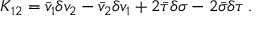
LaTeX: K _ { 1 2 } = \bar { v } _ { 1 } \delta v _ { 2 } - \bar { v } _ { 2 } \delta v _ { 1 } + 2 \bar { \tau } \delta \sigma - 2 \bar { \sigma } \delta \tau \, .